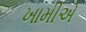
ખામીએ